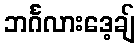
ဘင်္ဂလားဒေ့ချ်